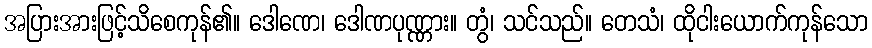
အပြားအားဖြင့်သိစေကုန်၏။ ဒေါဏေ၊ ဒေါဏပုဏ္ဏား။ တွံ၊ သင်သည်။ တေသံ၊ ထိုငါးယောက်ကုန်သော